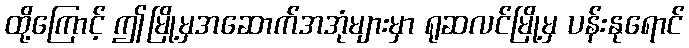
ထို့ကြောင့် ဤမြို့မှအဆောက်အအုံများမှာ ရုဆလင်မြို့မှ ပန်းနုရောင်